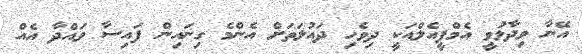
އޭނާ ވިދާޅުވީ އެމްޕީއެލްއަކީ ދިވެހި ދައުލަތަށް އެންމެ ގިނައިން ފައިސާ ވައްދާ އެއް